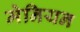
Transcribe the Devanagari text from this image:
मेनियन